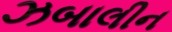
ઝબાલીન